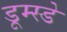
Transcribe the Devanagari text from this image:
डूम्स्डे